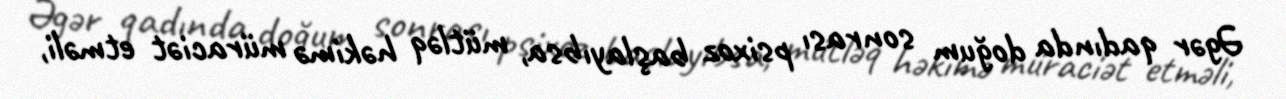
Əgər qadında doğum sonrası psixoz başlayıbsa, mütləq həkimə müraciət etməli,